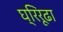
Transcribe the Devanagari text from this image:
घ्रिरूढा